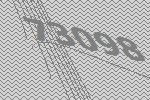
73098